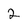
Character: 2